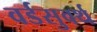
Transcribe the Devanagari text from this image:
वर्डसुवर्थ